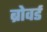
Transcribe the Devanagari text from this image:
ब्रोवर्ड